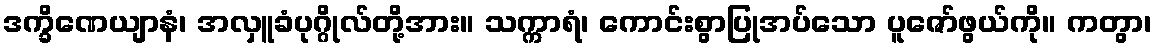
ဒက္ခိဏေယျာနံ၊ အလှူခံပုဂ္ဂိုလ်တို့အား။ သက္ကာရံ၊ ကောင်းစွာပြုအပ်သော ပူဇော်ဖွယ်ကို။ ကတွာ၊